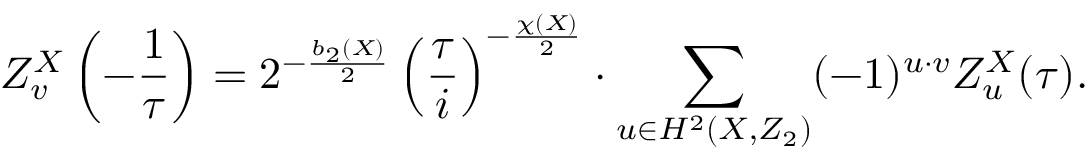
Z _ { v } ^ { X } \left( - \frac { 1 } { \tau } \right) = 2 ^ { - \frac { b _ { 2 } ( X ) } { 2 } } \left( \frac { \tau } { i } \right) ^ { - \frac { \chi ( X ) } { 2 } } \cdot \sum _ { u \in H ^ { 2 } ( X , Z _ { 2 } ) } ( - 1 ) ^ { u \cdot v } Z _ { u } ^ { X } ( \tau ) .